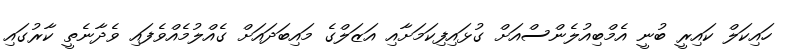
ހައިކަލް ކައިރީ ބުނީ އެމްބިއުލެންސްއަށް ގުޅައިފިކަމަށާއި އަޒަލްގެ މައިބަދައަށް ގެއްލުމެއްވެފައި ވެދާނެތީ ކާރުގައި